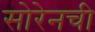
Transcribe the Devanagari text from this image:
सोरेनची